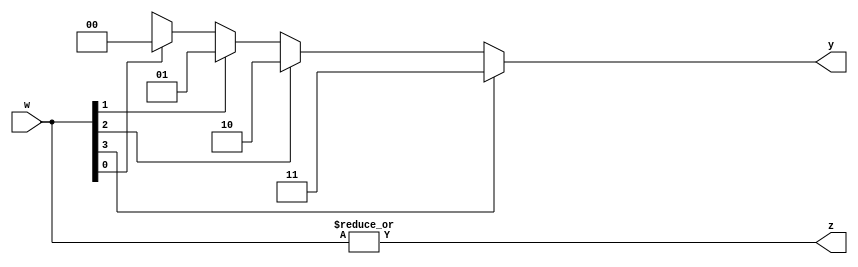
`timescale 1ns / 1ps
//////////////////////////////////////////////////////////////////////////////////
// Company: 
// Engineer: 
// 
// Design Name: 
// Module Name: priority_encoder_4x2
// Project Name: 
// Target Devices: 
// Tool Versions: 
// Description: 
// 
// Dependencies: 
// 
// Revision:
// Revision 0.01 - File Created
// Additional Comments:
// 
//////////////////////////////////////////////////////////////////////////////////


module priority_encoder_4x2(
      input[3:0] w,
      output reg [1:0]y,
      output z
    );
    
    assign z = |w;
    
    always @(w)
    begin
       y=2'bxx;
       
       if(w[3])
          y=3;
       else if (w[2])
          y=2;
       else if (w[1])
          y=1;
       else if (w[0])
          y=0;
       else
          y=2'bxx;
          
      /*    
       casex(w)
         4'b1xxx:y=3;
         4'b01xx:y=2;
         4'b001x:y=1;
         4'b0001:y=0;
         default:y=2'bxx;
       endcase
       */
       
    end     
            
          
          
          
          
        
       
    
       
    
    
    
    
    
    
    
endmodule